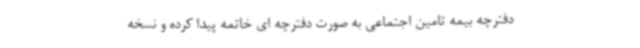
دفترچه بیمه تامین اجتماعی به صورت دفترچه ای خاتمه پیدا کرده و نسخه